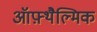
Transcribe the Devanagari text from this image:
ऑफ़्थैल्मिक